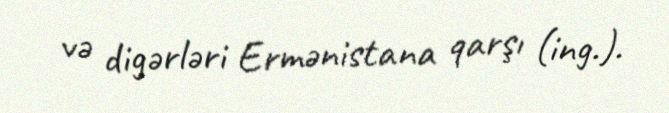
və digərləri Ermənistana qarşı (ing.).